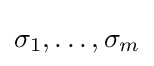
\sigma _{1},\ldots ,\sigma _{m}